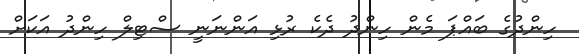
ހިންދުގެ ބައްޕަ މެން ހިންދު ދެކެ ރުޅި އަންނަނީ ސްޓިލް ހިންދު އަކަށް